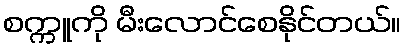
စက္ကူကို မီးလောင်စေနိုင်တယ်။